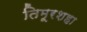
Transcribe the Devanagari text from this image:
तिमूरशहा